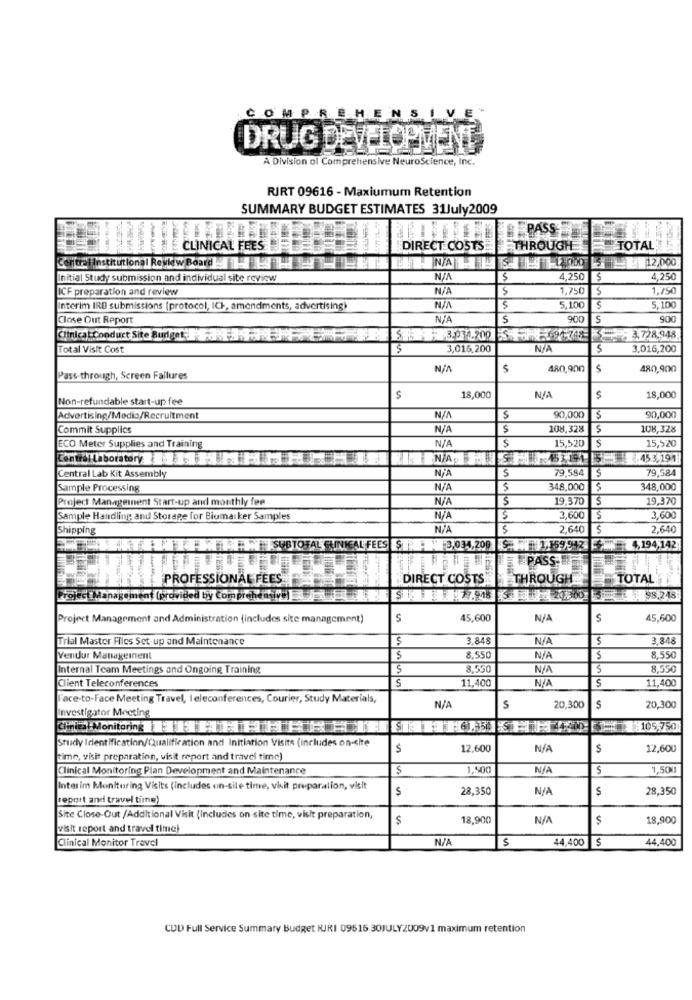
COMPREHENSIV
DRUG DEVELOPMENT
A Division of Comprehensive NeuroScience, Inc.
RIRT 09616 - Maxiumum Retention
SUMMARY BUDGET ESTIMATES 31July2009
PASS
CLINICAL FEES
DIRECT COSTS THROUGH TOTAL
CortrelInstitutional Reyk w Board
Initial Study submission and individual site review
$
4,250
4,250
ICF preparation and review
1,750 $
1,750
Interim IRD submissions (protocol, ICH, amendments, advertising)
5,100
5,100
Close Out Report
S
900
900
Clinicat Conduct Site Runtget']- --.. ]
3.728,948
Total Visit Cost
$
3,016,200
3,016,200
480,900
480,900
Pass through, Screen Failures
Non-refundable start-up fee
18,000
$
18,000
Advertising/Media/Recruitment
$
90,000
90,000
Commit Supplies
S
108,328
108,328
$
15,520
15,520
ECO Meter Supplies and Training
Central Laboratory
.455.191
79,584
$
79,584
Central Lab Kit Assembly
Sample Processing
348,000
$
348,000
Project Management Start-up and monthly fee
$
19,370
$
19,370
5
Sample Handling and Storage for Biomarker Samples
3,600
3,600
Shipping
2,640
$
2,640
FATTAT4MMSUBTOTAL SINKCALFEES STR3.034.200 S.W 1,159943 5- 4,194,142
PASS
Ene
PROFESSIONAL FEES
DIRECT COSTS
THROUGH
TOTAL
Project Management (provided by Comprehen
Project Management and Administration (includes site management)
S
45,600
$
45,600
Trial Master Flics Set-up and Maintenance
$
3.848
3,848
Vendor Management
$
8,550
$
8,550
Internal Team Meetings and Ongoing Training
8,550
3
8.550
S
11,400
11,400
Client Teleconferences
Face-to-Face Meeting Travel, I eleconferences, Courier, Study Materials,
Investigator Meeting
S
20,300
5
20,300
Study Identification/Qualification and Initiation Visits (includes on-site
12,600
12,600
time, visit preparation, visit report and travel time)
Clinical Monitoring Plan Development and Maintenance
$
1,500
5
1,500
Interim Monitoring Visits (includes on-sile time, visit preparation, visit
28,350
28,350
report and travel time)
Site Close-Out /Additional Visit (Includes on site time, visit preparation,
$
18,900
$
18,900
visit report and travel time)
Clinical Monitor Travel
5
44,400 $
44,400
CDD Full Service Summary Budget HUJRI 09515 30JULY2009v1 maximum retention